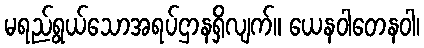
မရည်ရွယ်သောအရပ်ဌာနရှိလျက်။ ယေနဝါတေနဝါ၊